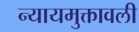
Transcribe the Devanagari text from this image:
न्यायमुक्तावली